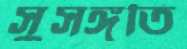
সুসঙ্গতি